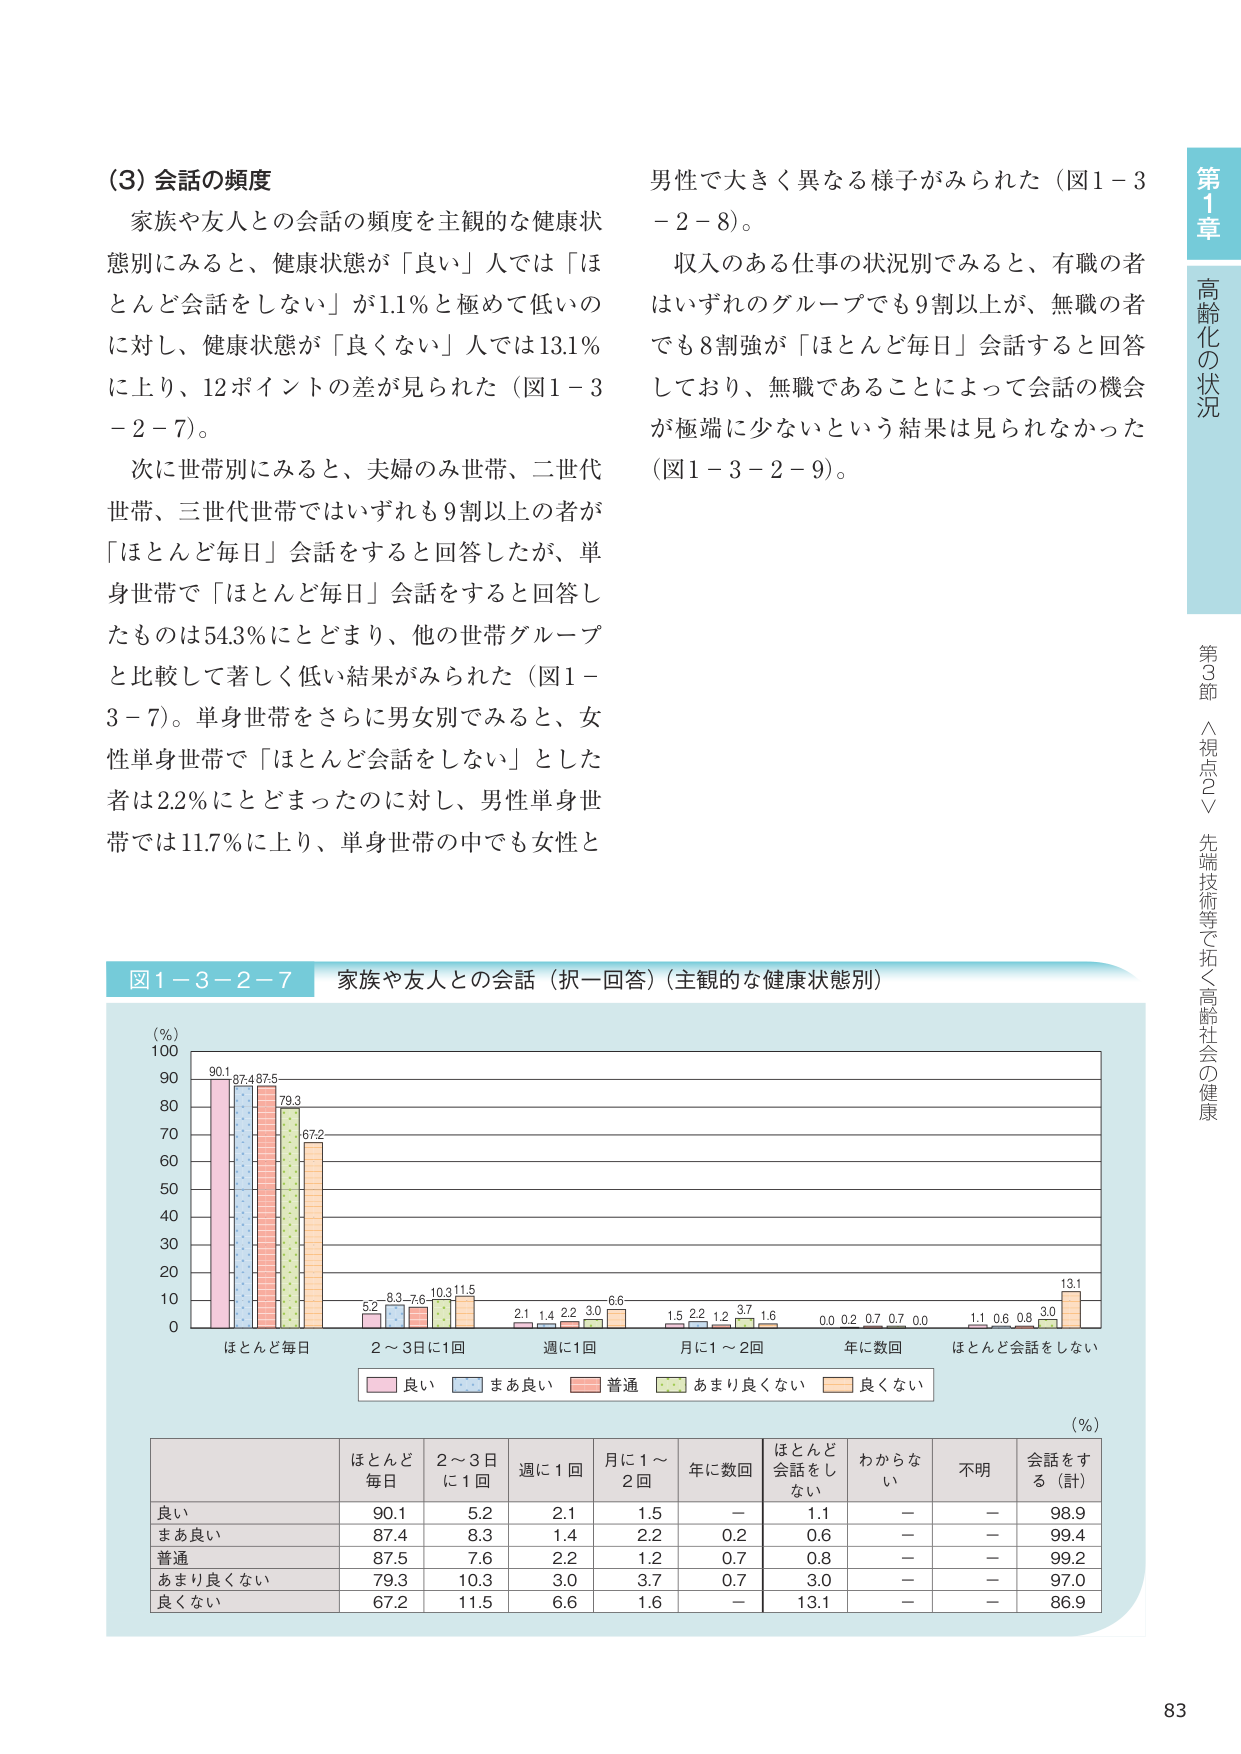
(3) 会話の頻度
家族や友人との会話の頻度を主観的な健康状態別にみると、健康状態が「良い」人では「ほとんど会話をしない」が1.1％と極めて低いのに対し、健康状態が「良くない」人では13.1％に上り、12ポイントの差が見られた（図1－3－2－7）。
次に世帯別にみると、夫婦のみ世帯、二世代世帯、三世代世帯ではいずれも9割以上の者が「ほとんど毎日」会話すると回答したが、単身世帯で「ほとんど毎日」会話すると回答したものは54.3％にとどまり、他の世帯グループと比較して著しく低い結果がみられた（図1－3－7）。単身世帯をさらに男女別でみると、女性単身世帯で「ほとんど会話をしない」とした者は2.2％にとどまったのに対し、男性単身世帯では11.7％に上り、単身世帯の中でも女性と男性で大きく異なる様子がみられた（図1－3－2－8）。
収入のある仕事の状況別でみると、有職の者はいずれのグループでも9割以上が、無職の者でも8割強が「ほとんど毎日」会話すると回答しており、無職であることによって会話の機会が極端に少ないという結果は見られなかった（図1－3－2－9）。

図1－3－2－7 家族や友人との会話（択一回答）（主観的な健康状態別）
（％）
90.1 87.4 87.5 79.3 67.2
5.2 8.3 7.6 10.3 11.5
2.1 1.4 2.2 3.0 6.6
1.5 2.2 1.2 3.7 1.6
0.0 0.2 0.7 0.7 0.0
1.1 0.6 0.8 3.0 13.1
ほとんど毎日　2～3日に1回　週に1回　月に1～2回　年に数回　ほとんど会話をしない
良い　まあ良い　普通　あまり良くない　良くない
（％）
ほとんど毎日　2～3日に1回　週に1回　月に1～2回　年に数回　ほとんど会話をしない　わからない　不明　会話をする（計）
良い　90.1　5.2　2.1　1.5　－　1.1　－　－　98.9
まあ良い　87.4　8.3　1.4　2.2　0.2　0.6　－　－　99.4
普通　87.5　7.6　2.2　1.2　0.7　0.8　－　－　99.2
あまり良くない　79.3　10.3　3.0　3.7　0.7　3.0　－　－　97.0
良くない　67.2　11.5　6.6　1.6　－　13.1　－　－　86.9

第1章 高齢化の状況
第3節 〈視点2〉先端技術等で拓く高齢社会の健康
83